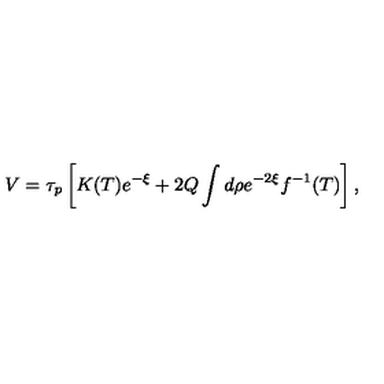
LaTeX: V = \tau _ { p } \left[ K ( T ) e ^ { - \xi } + 2 Q \int d \rho e ^ { - 2 \xi } f ^ { - 1 } ( T ) \right] ,